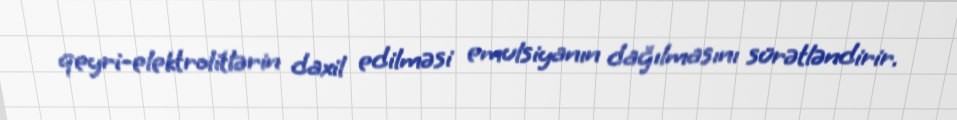
qeyri-elektrolitlərin daxil edilməsi emulsiyanın dağılmasını sürətləndirir.